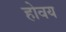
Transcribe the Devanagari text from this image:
होवय